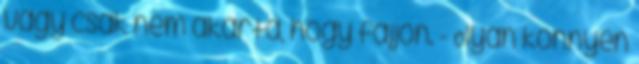
vagy csak nem akarta, hogy fájjon. - Olyan könnyen